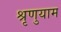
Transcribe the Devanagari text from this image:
श्रृणुयाम